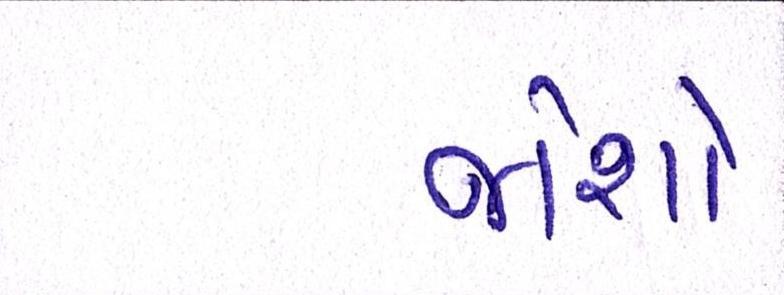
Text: જોશો